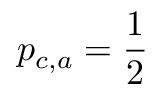
p _ { c , a } = \frac { 1 } { 2 }